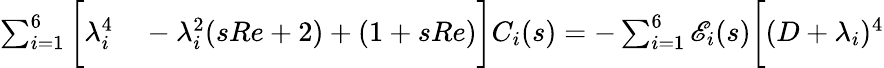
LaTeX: \begin{array}{rl}{\sum_{i=1}^{6}\bigg[\lambda_{i}^{4}}&{{}-\lambda_{i}^{2}(sRe+2)+(1+sRe)\bigg]C_{i}(s)=-\sum_{i=1}^{6}\mathscr{E}_{i}(s)\bigg[(D+\lambda_{i})^{4}}\end{array}